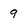
Character: 9